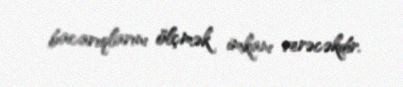
bacarıqlarını ölçmək imkanı verəcəkdir.